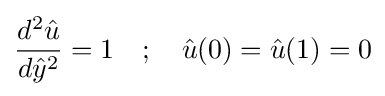
{\frac {d^{2}{\hat {u}}}{d{\hat {y}}^{2}}}=1\quad ;\quad {\hat {u}}(0)={\hat {u}}(1)=0